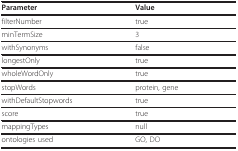
<table><thead><tr><td><b>Parameter</b></td><td><b>Value</b></td></tr></thead><tbody><tr><td>filterNumber</td><td>true</td></tr><tr><td>minTermSize</td><td>3</td></tr><tr><td>withSynonyms</td><td>false</td></tr><tr><td>longestOnly</td><td>true</td></tr><tr><td>wholeWordOnly</td><td>true</td></tr><tr><td>stopWords</td><td>protein, gene</td></tr><tr><td>withDefaultStopwords</td><td>true</td></tr><tr><td>score</td><td>true</td></tr><tr><td>mappingTypes</td><td>null</td></tr><tr><td>ontologies used</td><td>GO, DO</td></tr></tbody></table>